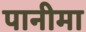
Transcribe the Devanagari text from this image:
पानीमा